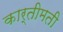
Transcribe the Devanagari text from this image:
कार्तीमती